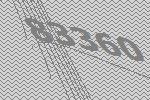
83360